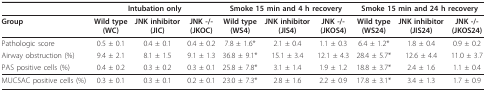
|  | <COLSPAN=3> Intubation only | <COLSPAN=3> Smoke 15 min and 4 h recovery | <COLSPAN=3> Smoke 15 min and 24 h recovery |
 | --- | --- | --- | --- | --- | --- | --- | --- | --- | --- |
 | Group | Wild type(WC) | JNK inhibitor(JIC) | JNK -/-(JKOC) | Wild type(WS4) | JNK inhibitor(JIS4) | JNK -/-(JKOS4) | Wild type(WS24) | JNK inhibitor(JIS24) | JNK -/-(JKOS24) |
 | Pathologic score | 0.5 ± 0.1 | 0.4 ± 0.1 | 0.4 ± 0.2 | 7.8 ± 1.6* | 2.1 ± 0.4 | 1.1 ± 0.3 | 6.4 ± 1.2* | 1.8 ± 0.4 | 0.9 ± 0.2 |
 | Airway obstruction (%) | 9.4 ± 2.1 | 8.1 ± 1.5 | 9.1 ± 1.3 | 36.8 ± 9.1* | 15.1 ± 3.4 | 12.1 ± 4.3 | 28.4 ± 5.7* | 12.6 ± 4.4 | 11.0 ± 3.7 |
 | PAS positive cells (%) | 0.4 ± 0.2 | 0.3 ± 0.2 | 0.3 ± 0.1 | 25.8 ± 7.8* | 3.1 ± 1.4 | 1.9 ± 1.2 | 18.8 ± 3.7* | 2.4 ± 1.6 | 1.1 ± 0.4 |
 | MUC5AC positive cells (%) | 0.3 ± 0.1 | 0.3 ± 0.1 | 0.2 ± 0.1 | 23.0 ± 7.3* | 2.8 ± 1.6 | 2.2 ± 0.9 | 17.8 ± 3.1* | 3.4 ± 1.3 | 1.7 ± 0.9 |